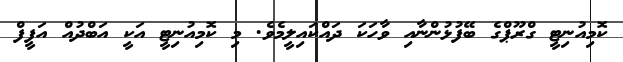
ކޮމިއުނިޓީ ގްރޫޕްގެ ބޭފުޅުންނާއި ވާހަކަ ދައްކައިލީމެވެ. މި ކޮމިއުނިޓީ އަކީ އަބްދުއް އަފީފް